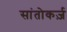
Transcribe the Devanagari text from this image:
सांतोकर्ज़